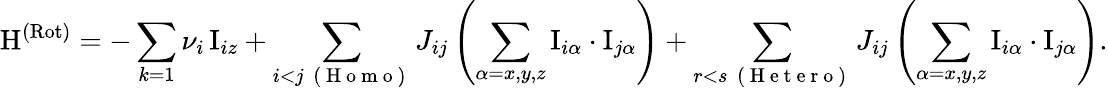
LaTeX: \mathrm{H}^{\mathrm{(Rot)}}=-\sum_{k=1}\nu_{i}\, \mathrm{I}_{iz}+\sum_{\substack{i<j\, \mathrm{~(~H~o~m~o~)~}}}J_{ij}\left(\sum_{\alpha=x,y,z}\mathrm{I}_{i\alpha}\cdot\mathrm{I}_{j\alpha}\right)+\sum_{\substack{r<s\, \mathrm{~(~H~e~t~e~r~o~)~}}}J_{ij}\left(\sum_{\alpha=x,y,z}\mathrm{I}_{i\alpha}\cdot\mathrm{I}_{j\alpha}\right).